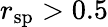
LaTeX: r_{\mathrm{sp}}>0.5